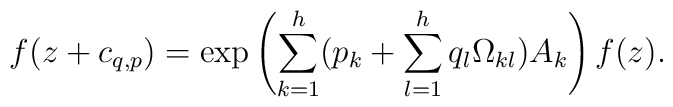
f(z+c_{q,p})=\exp\left({\sum_{k=1}^h(p_k+\sum_{l=1}^h q_l\Omega_{kl})A_k}\right)f(z).